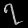
Digit: ၇